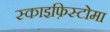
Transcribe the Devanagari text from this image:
स्काइफ़िस्टोमा